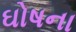
ઘોષના